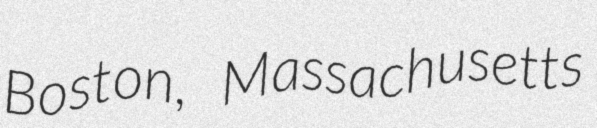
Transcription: Boston, Massachusetts